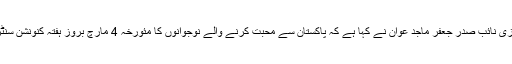
پاکپتن(ڈسٹر کٹ رپورٹر)انجمن طلباء اسلام پاکستان کے مرکزی نائب صدر جعفر ماجد عوان نے کہا ہے کہ پاکستان سے محبت کرنے والے نوجوانوں کا مئورخہ 4 مارچ بروز ہفتہ کنونشن سنٹر اسلام آباد میں عظیم الشان عشقِ پاکستان کنونشن منعقد ہوگا ۔